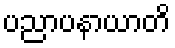
ပညာပနာယာတိ